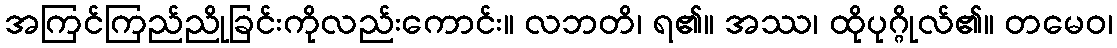
အကြင်ကြည်ညိုခြင်းကိုလည်းကောင်း။ လဘတိ၊ ရ၏။ အဿ၊ ထိုပုဂ္ဂိုလ်၏။ တမေဝ၊